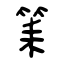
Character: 筙